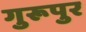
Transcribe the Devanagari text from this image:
गुरूपुर